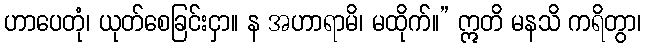
ဟာပေတုံ၊ ယုတ်စေခြင်းငှာ။ န အဟာရာမိ၊ မထိုက်။” ဣတိ မနသိ ကရိတွာ၊